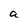
Character: a